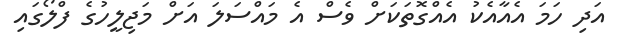
އަދި ހަމަ އެއާއެކު އެއްގޮތަކަށް ވެސް އެ މައްސަލަ އަށް މަޖިލީހުގެ ފްލޯގައި